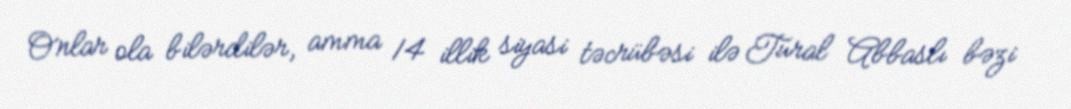
Onlar ola bilərdilər, amma 14 illik siyasi təcrübəsi ilə Tural Abbaslı bəzi